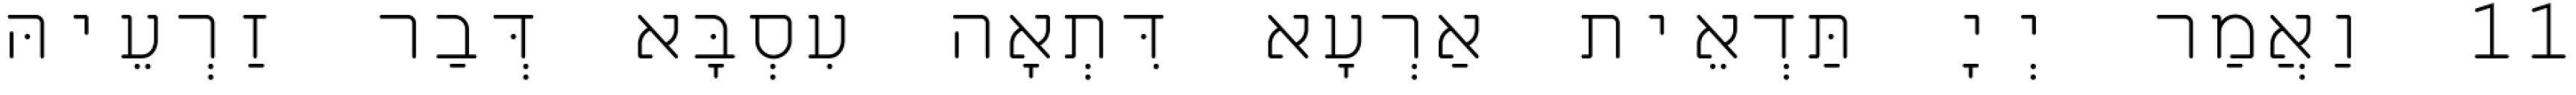
11 וַאֲמַר יְיָ תַּדְאֵית אַרְעָא דִּתְאָה עִסְבָּא דְּבַר זַרְעֵיהּ